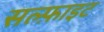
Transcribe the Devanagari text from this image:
सल्फ़ाइट